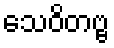
သေဝိတဗ္ဗ